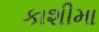
કાશીમા